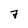
Character: 7